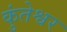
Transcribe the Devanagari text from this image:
कुंतेश्वर